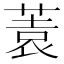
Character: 𱾂